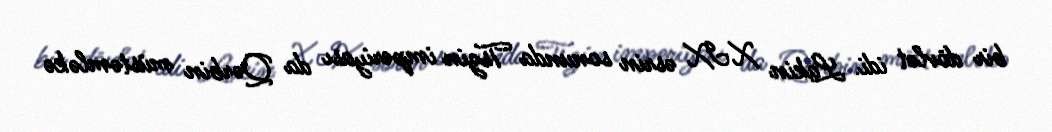
bir dövlət idi. Lakin XIX əsrin sonunda Tszin imperiyası da Qərbin müstəmləkə